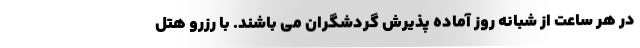
در هر ساعت از شبانه روز آماده پذیرش گردشگران می باشند. با رزرو هتل